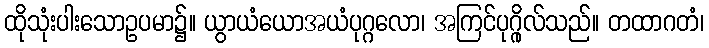
ထိုသုံးပါးသောဥပမာ၌။ ယွာယံယောအယံပုဂ္ဂလော၊ အကြင်ပုဂ္ဂိုလ်သည်။ တထာဂတံ၊